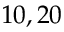
1 0 , 2 0